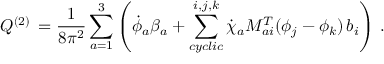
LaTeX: { Q } ^ { ( 2 ) } \, = \frac { 1 } { 8 \pi ^ { 2 } } \sum _ { a = 1 } ^ { 3 } \left( \dot { \phi } _ { a } \beta _ { a } + \sum _ { c y c l i c } ^ { i , j , k } \dot { \chi } _ { a } M _ { a i } ^ { T } ( \phi _ { j } - \phi _ { k } ) \, b _ { i } \right) \, .